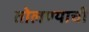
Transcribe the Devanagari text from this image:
तोलण्याची